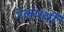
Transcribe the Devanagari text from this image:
रेलपथों